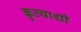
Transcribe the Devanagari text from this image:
कृत्याशी